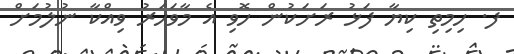
ފ. ހިމިތި ކިޔާ ފަޅު ރަށަކުން ހޮވި އެ މާވަހަރު ވިއްކާ ނުލުމަށް